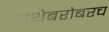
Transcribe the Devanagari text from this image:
प्रथेबरोबरच